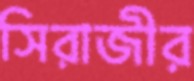
সিরাজীর